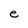
Character: e